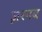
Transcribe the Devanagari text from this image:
ज़रनब